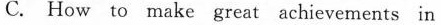
C. How to make great achievements in